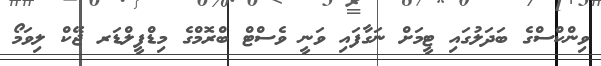
ވިންކްސްގެ ބަދަލުގައި ޓީމަށް ނަގާފައި ވަނީ ވެސްޓް ބްރޮމްގެ މިޑްފީލްޑަރ ޖޭކް ލިވަމޯ